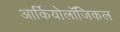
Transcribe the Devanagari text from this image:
आर्कियोलॉजिकल